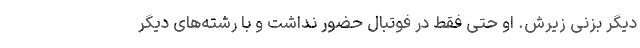
دیگر بزنی زیرش. او حتی فقط در فوتبال حضور نداشت و با رشته‌های دیگر